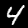
Label: 4